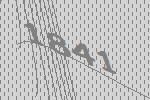
1841